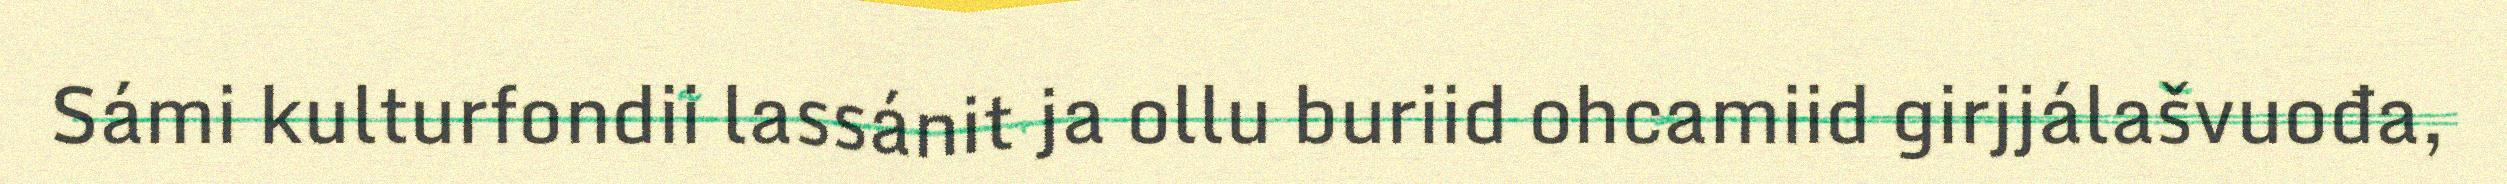
Sámi kulturfondii lassánit ja ollu buriid ohcamiid girjjálašvuođa,